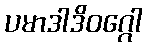
ပမာဒါဒိဝဂ္ဂေါ